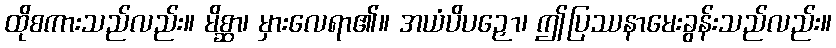
ထိုစကားသည်လည်း။ မိစ္ဆာ၊ မှားလေရာ၏။ အယံပိပဉှော၊ ဤပြဿနာမေးခွန်းသည်လည်း။